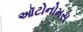
ઑટોનોમસ